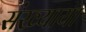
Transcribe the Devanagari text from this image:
संख्याया